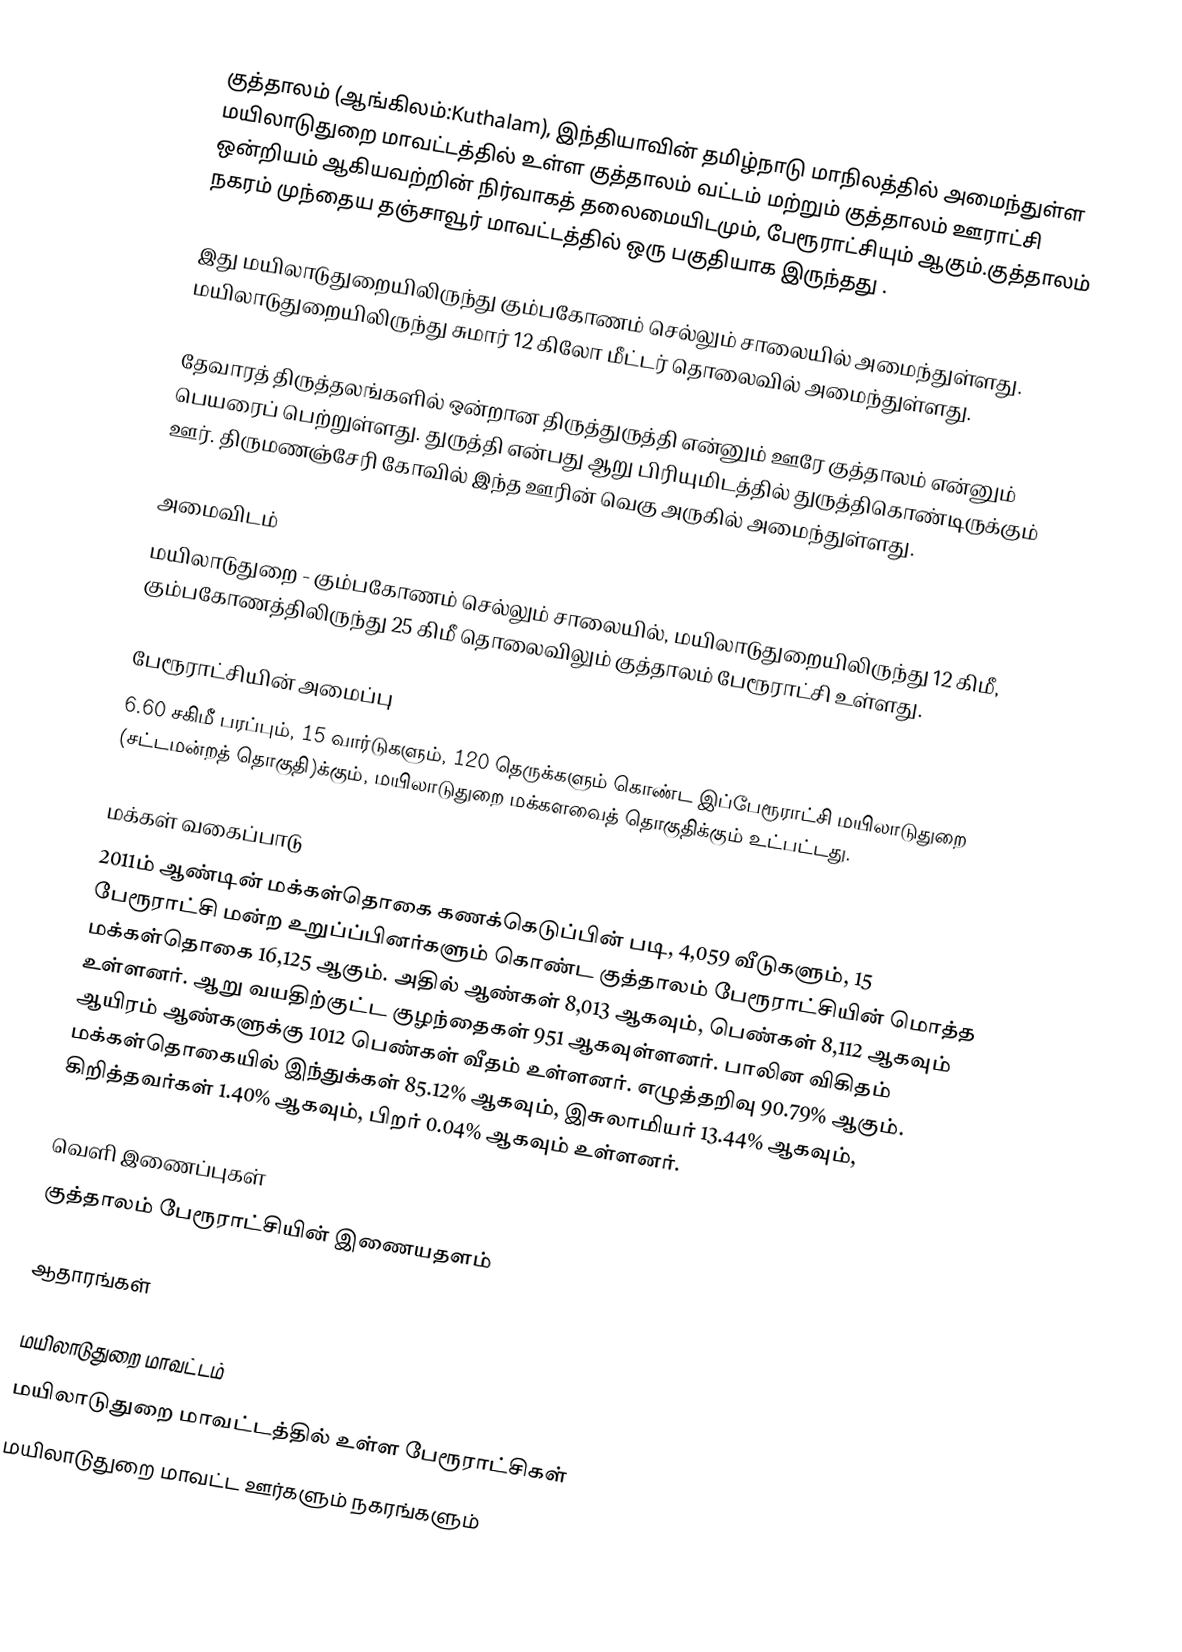
குத்தாலம் (ஆங்கிலம்:Kuthalam), இந்தியாவின் தமிழ்நாடு மாநிலத்தில் அமைந்துள்ள மயிலாடுதுறை மாவட்டத்தில் உள்ள குத்தாலம் வட்டம் மற்றும் குத்தாலம் ஊராட்சி ஒன்றியம் ஆகியவற்றின் நிர்வாகத் தலைமையிடமும், பேரூராட்சியும் ஆகும்.குத்தாலம் நகரம் முந்தைய தஞ்சாவூர் மாவட்டத்தில் ஒரு பகுதியாக இருந்தது .

இது மயிலாடுதுறையிலிருந்து கும்பகோணம் செல்லும் சாலையில் அமைந்துள்ளது. மயிலாடுதுறையிலிருந்து சுமார் 12 கிலோ மீட்டர் தொலைவில் அமைந்துள்ளது.

தேவாரத் திருத்தலங்களில் ஒன்றான திருத்துருத்தி என்னும் ஊரே குத்தாலம் என்னும் பெயரைப் பெற்றுள்ளது. துருத்தி என்பது ஆறு பிரியுமிடத்தில் துருத்திகொண்டிருக்கும் ஊர். திருமணஞ்சேரி கோவில் இந்த ஊரின் வெகு அருகில் அமைந்துள்ளது.

அமைவிடம்
மயிலாடுதுறை - கும்பகோணம் செல்லும் சாலையில், மயிலாடுதுறையிலிருந்து 12 கிமீ, கும்பகோணத்திலிருந்து 25 கிமீ தொலைவிலும் குத்தாலம் பேரூராட்சி உள்ளது.

பேரூராட்சியின் அமைப்பு
6.60  சகிமீ பரப்பும், 15 வார்டுகளும், 120 தெருக்களும்  கொண்ட இப்பேரூராட்சி  மயிலாடுதுறை (சட்டமன்றத் தொகுதி)க்கும், மயிலாடுதுறை மக்களவைத் தொகுதிக்கும் உட்பட்டது.

மக்கள் வகைப்பாடு
2011ம் ஆண்டின் மக்கள்தொகை கணக்கெடுப்பின் படி, 4,059 வீடுகளும், 15 பேரூராட்சி மன்ற உறுப்ப்பினர்களும் கொண்ட குத்தாலம் பேரூராட்சியின் மொத்த மக்கள்தொகை 16,125  ஆகும். அதில் ஆண்கள்  8,013  ஆகவும், பெண்கள் 8,112  ஆகவும் உள்ளனர். ஆறு வயதிற்குட்ட குழந்தைகள் 951  ஆகவுள்ளனர். பாலின விகிதம் ஆயிரம் ஆண்களுக்கு 1012 பெண்கள் வீதம் உள்ளனர். எழுத்தறிவு 90.79% ஆகும்.  மக்கள்தொகையில் இந்துக்கள் 85.12% ஆகவும், இசுலாமியர் 13.44% ஆகவும், கிறித்தவர்கள் 1.40% ஆகவும், பிறர் 0.04% ஆகவும் உள்ளனர்.

வெளி இணைப்புகள்
குத்தாலம் பேரூராட்சியின் இணையதளம்

ஆதாரங்கள்

மயிலாடுதுறை மாவட்டம்
மயிலாடுதுறை மாவட்டத்தில் உள்ள பேரூராட்சிகள்
மயிலாடுதுறை மாவட்ட ஊர்களும் நகரங்களும்